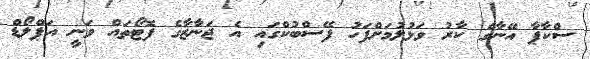
ސްކާޕާ އޭނާގެ ކާރު ވަޅުލުމަށްފަހު ފޭސްބުކްގައި އެ ޖަނާޒާގެ ފޮޓޯތައް ވަނީ އަޕްލޯޑް